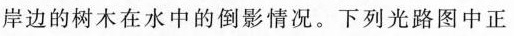
岸边的树木在水中的倒影情况。下列光路图中正